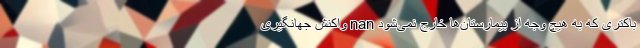
باکتری که به هیچ وجه از بیمارستان‌ها خارج نمی‌شود nan واکنش جهانگیری